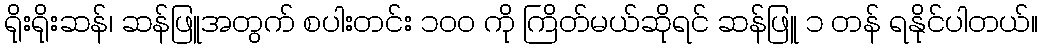
ရိုးရိုးဆန်၊ ဆန်ဖြူအတွက် စပါးတင်း ၁၀၀ ကို ကြိတ်မယ်ဆိုရင် ဆန်ဖြူ ၁ တန် ရနိုင်ပါတယ်။